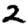
Digit: 2